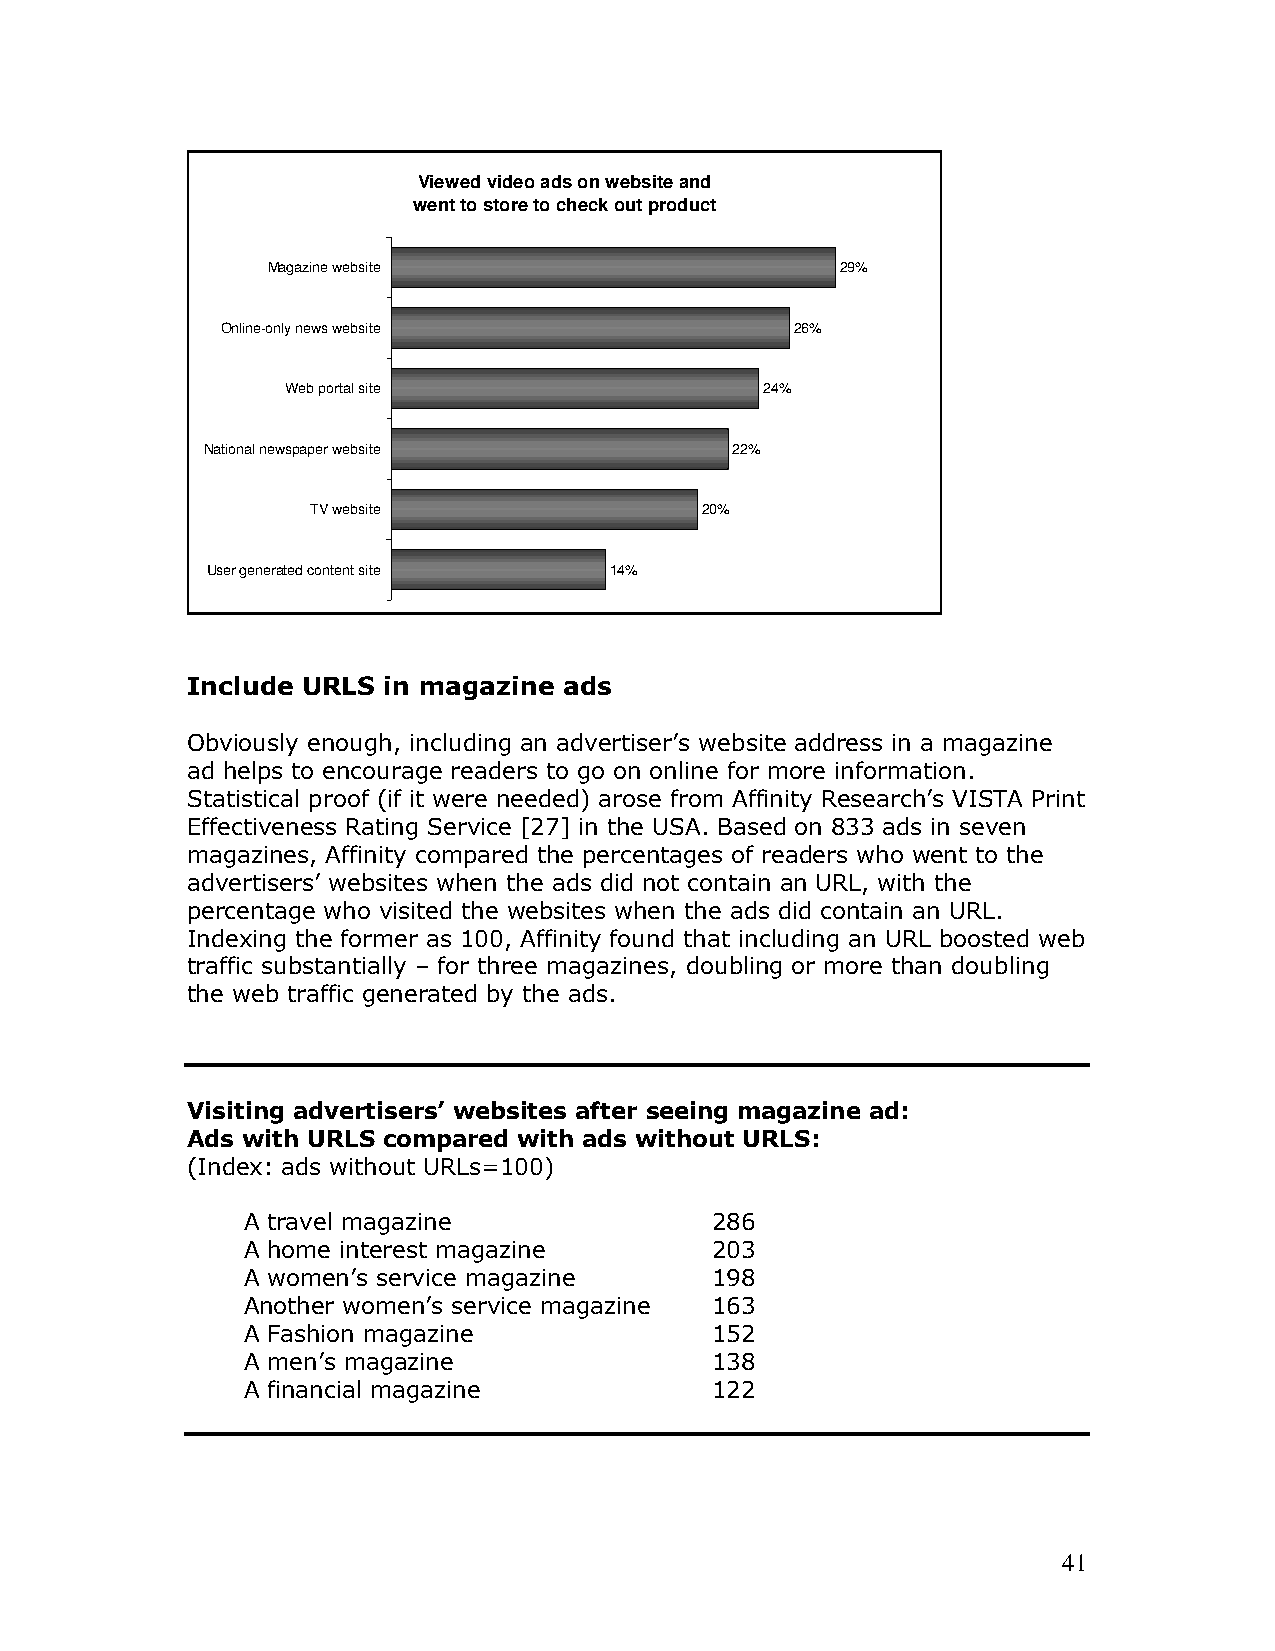
Viewed video ads on website and
 went to store to check out product
 Magazine website                      29%
 Online-only news website              26%
 Web portal site                 24%
 National newspaper website         22%
 TV website               20%
 User generated content site 14%
 Include URLS in magazine ads
 Obviously enough, including an advertiser’s website address in a magazine
 ad helps to encourage readers to go on online for more information.
 Statistical proof (if it were needed) arose from Affinity Research’s VISTA Print
 Effectiveness Rating Service [27] in the USA. Based on 833 ads in seven
 magazines, Affinity compared the percentages of readers who went to the
 advertisers’ websites when the ads did not contain an URL, with the
 percentage who visited the websites when the ads did contain an URL.
 Indexing the former as 100, Affinity found that including an URL boosted web
 traffic substantially – for three magazines, doubling or more than doubling
 the web traffic generated by the ads.
 Visiting advertisers’ websites after seeing magazine ad:
 Ads with URLS compared with ads without URLS:
 (Index: ads without URLs=100)
 A travel magazine              286
 A home interest magazine       203
 A women’s service magazine     198
 Another women’s service magazine 163
 A Fashion magazine             152
 A men’s magazine               138
 A financial magazine           122
 41